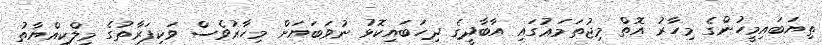
ތިޔަބައިމީހުންގެ މިހާރު އޮތް މިޖުތަމަޢުގައި އާބާދީގެ ދިހަބައިކޮޅު ނުވަބަޔަށް މިހާރުވެސް ވަކިފަރާތުގެ މިލްކިއްޔާތު